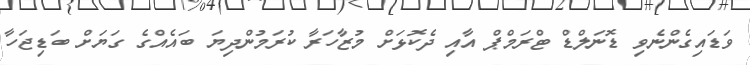
ވަޑައިގެންނެވި ޑޮނަލްޑް ޓްރަމްޕް އާއި ދެކޮޅަށް މުޒާހަރާ ކުރަމުންދިޔަ ބައެއްގެ ގަޔަށް ބަޑިޖަހާ